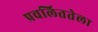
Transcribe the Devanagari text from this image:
प्रचलिततेला